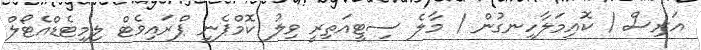
އަރިސް / ކޮއިމަލާހިނގުން / މާލެ ސިޓީއަތިރީ ވިލު ކޮމްޕެނީ ޕްރައިވެޓް ލިމިޓެޑްއެޓޯލް